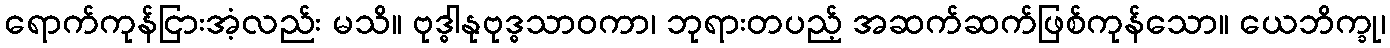
ရောက်ကုန်ငြားအံ့လည်း မသိ။ ဗုဒ္ဓါနုဗုဒ္ဓသာဝကာ၊ ဘုရားတပည့် အဆက်ဆက်ဖြစ်ကုန်သော။ ယေဘိက္ခု၊